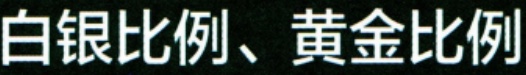
白银比例、黄金比例